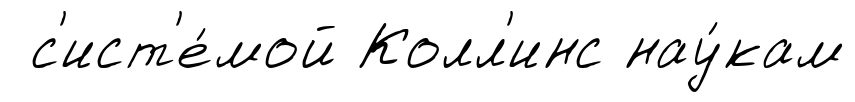
с'ист'е́мой Колл'инс нау́кам